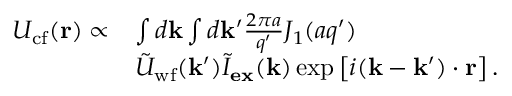
\begin{array} { r l } { U _ { \mathrm { c f } } ( \mathbf { r } ) \propto } & { \int d \mathbf { k } \int d \mathbf { k } ^ { \prime } \frac { 2 \pi a } { q ^ { \prime } } J _ { 1 } ( a q ^ { \prime } ) } \\ & { \tilde { U } _ { \mathrm { w f } } ( \mathbf { k } ^ { \prime } ) \tilde { I } _ { \mathbf { e x } } ( \mathbf { k } ) \exp \left[ i ( \mathbf { k } - \mathbf { k ^ { \prime } } ) \cdot \mathbf { r } \right] . } \end{array}